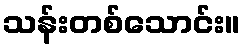
သန်းတစ်သောင်း။